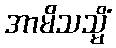
အာမိသသ္မိံ